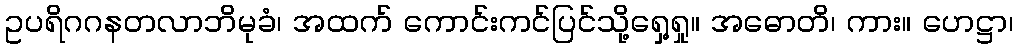
ဥပရိဂဂနတလာဘိမုခံ၊ အထက် ကောင်းကင်ပြင်သို့ရှေ့ရှု။ အဓောတိ၊ ကား။ ဟေဋ္ဌာ၊